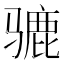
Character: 𫠋